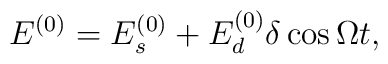
E^{(0)} = E^{(0)}_{s} + E^{(0)}_{d} \delta \cos \Omega t,